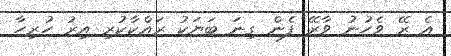
އެ ރޭ ވެހުނު ވާރޭ ފެން ގިނަ ބަޔަކު ރައްކާކުރި އިރު ހުރިހާ